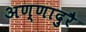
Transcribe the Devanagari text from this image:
अण्णादुरै